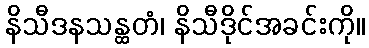
နိသီဒနသန္ထတံ၊ နိသီဒိုင်အခင်းကို။